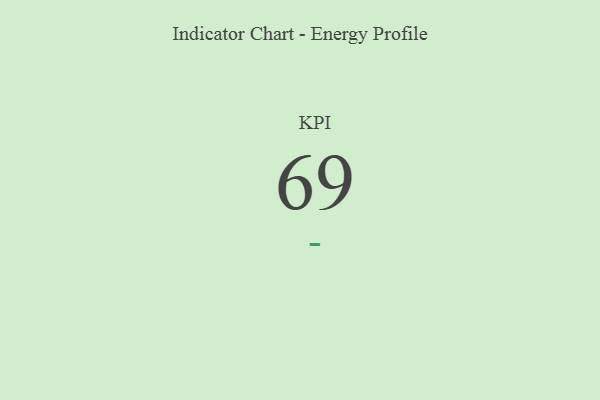
{"axis": {"x": "KPI", "y": "Value"}, "legend": [""], "data": [{"x": "KPI", "y": 69, "type": ""}]}